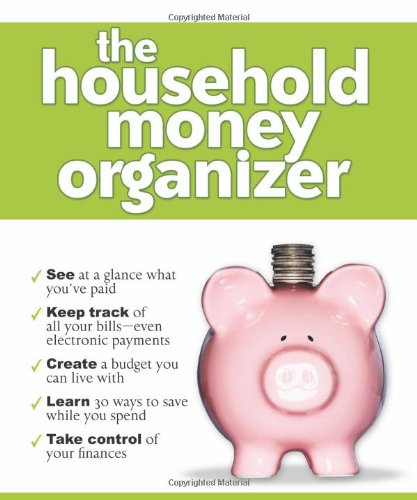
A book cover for The Household Money Organizer; Business & Money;